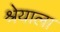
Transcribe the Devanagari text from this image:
श्रेयाला